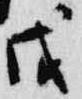
戊